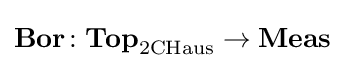
\mathbf {Bor} \colon \mathbf {Top} _{\mathrm {2CHaus} }\to \mathbf {Meas}